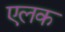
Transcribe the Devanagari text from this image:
एलक